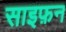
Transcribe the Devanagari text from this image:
साइफ़न